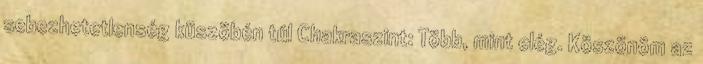
sebezhetetlenség küszöbén túl Chakraszint: Több, mint elég. Köszönöm az